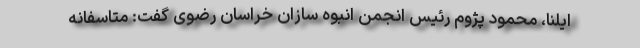
ایلنا، محمود پژوم رئیس انجمن انبوه سازان خراسان رضوی گفت: متاسفانه